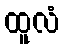
ထူလံ